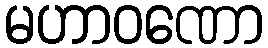
မဟာဝဏော